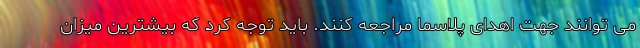
می توانند جهت اهدای پلاسما مراجعه کنند. باید توجه کرد که بیشترین میزان